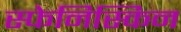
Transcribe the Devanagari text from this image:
स्फेनिस्किन